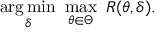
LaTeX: { \underset { \delta } { \operatorname { a r g \, m i n } } } \ \operatorname* { m a x } _ { \theta \in \Theta } \ R ( \theta , \delta ) .